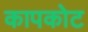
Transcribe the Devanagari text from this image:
कापकोट